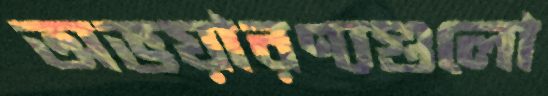
অভয়ারণ্যগুলো